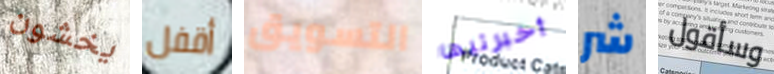
يخشون أقفل التسويق أخبرتيها شر وسأقول